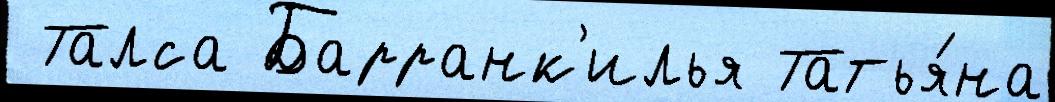
 Талса Барранк'илья Татья́на